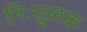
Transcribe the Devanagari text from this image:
निःशुलक